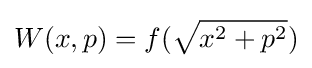
W(x,p)=f({\sqrt {x^{2}+p^{2}}})